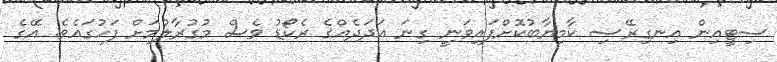
ސިޓީއިން އިނގިރޭސި ކާމިޔާބުކޮށްފައިވަނީ ގިނަ އަދަދެއްގެ ރެކޯޑު ވެސް މުގުރާލުމަށް ފަހުގައެވެ. އޭގެ